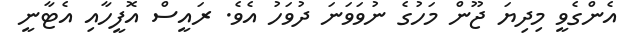
އެންގެވީ މިދިޔަ ޖޫން މަހުގެ ނުވަވަނަ ދުވަހު އެވެ. ރައީސް އޮފީހާއި އެޓާނީ